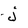
Character: j